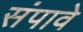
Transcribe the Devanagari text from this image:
संपावे